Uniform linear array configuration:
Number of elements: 32
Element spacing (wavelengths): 0.5
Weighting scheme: exponential
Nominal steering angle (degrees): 15
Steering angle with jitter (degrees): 14.793
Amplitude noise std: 0.05
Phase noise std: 0.05

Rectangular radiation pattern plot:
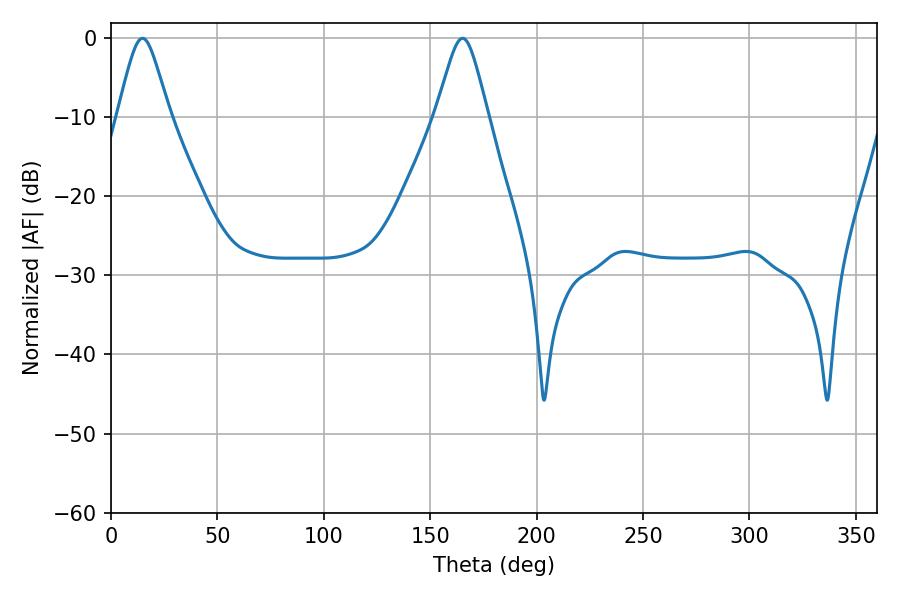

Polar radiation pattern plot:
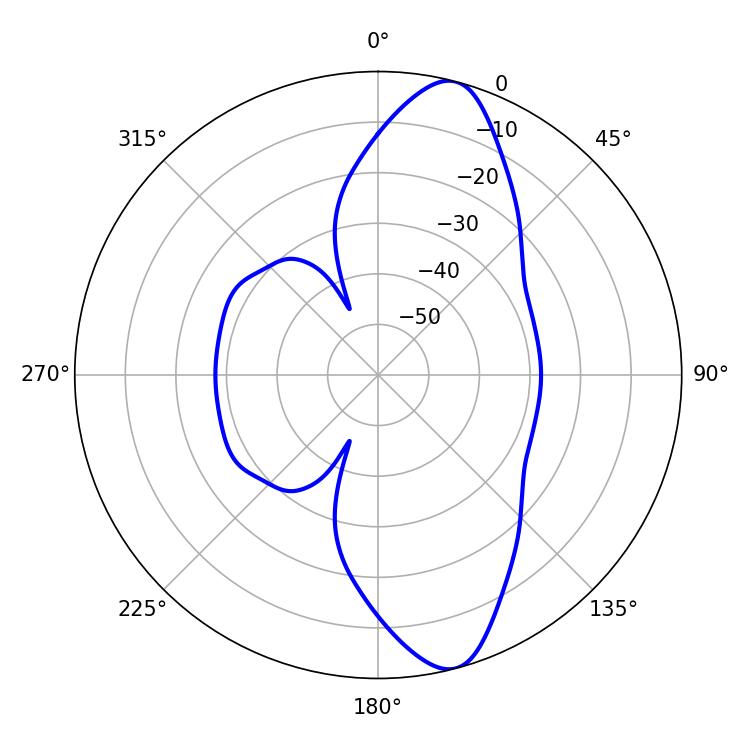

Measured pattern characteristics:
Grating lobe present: FALSE
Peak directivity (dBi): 11.776
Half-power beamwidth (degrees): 11.88
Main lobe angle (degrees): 14.76